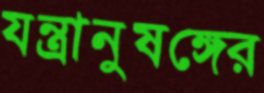
যন্ত্রানুষঙ্গের